Triennial report on the lunatic asylums in the province of Eastern Bengal and Assam - 1903-1911
Year: 1903
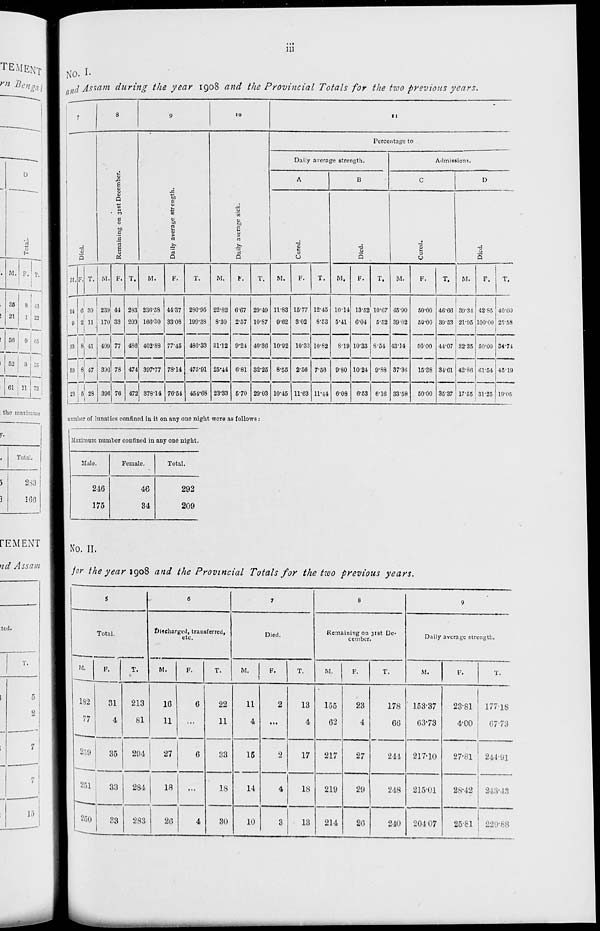
iii
No. I.
and Assam during the year 1908 and the Provincial Totals for the two previous years.
7
Died.
M.
24
9
33
39
23
F.
6
2
8
8
5
T.
30
11
41
47
28
8
Remaining on 31st December.
M.
239
170
409
396
396
F.
44
33
77
78
76
T.
283
203
486
474
472
9
Daily average strength.
M.
236.58
166.30
402.88
397.77
378.14
F.
44.37
33.08
77.45
78.14
76.54
T.
280.95
199.38
480.33
475.91
454.68
10
Daily average sick.
M.
22.82
8.30
31.12
25.44
23.33
F.
6.67
2.57
9.24
6.81
5.70
T.
29.49
10.87
40.36
32.25
29.03
11
Percentage to
Daily average strength.
A
Cured.
M.
11.83
9.62
10.92
8.55
10.45
F.
15.77
3.02
10.33
2.56
11.63
T.
12.45
8.53
10.82
7.56
11.44
B
Died.
M.
10.14
5.41
8.19
9.80
6.08
F.
13.52
6.04
10.33
10.24
6.53
T.
10.67
5.52
8.54
9.88
6.16
Admissions.
C
Cured.
M.
45.90
39.02
43.14
37.36
33.58
F.
50.00
50.00
50.00
15.38
50.00
T.
46.66
39.53
44.07
34.61
35.37
D
Died.
M.
39.34
21.95
32.35
42.86
17.55
F.
42.85
100.00
50.00
61.54
31.25
T.
40.00
25.58
34.74
45.19
19.05
number of lunatics confined in it on any one night were as follows :
Maximum number confined in any one night.
Male.
246
175
Female.
46
34
Total.
292
209
No. II.
for the year 1908 and the Provincial Totals for the two previous years.
5
Total.
M.
182
77
259
251
250
F.
31
4
35
33
33
T.
213
81
294
284
283
6
Discharged, transferred,
etc.
M.
16
11
27
18
26
F.
6
...
6
..
4
T.
22
11
33
18
30
7
Died.
M.
11
4
15
14
10
F.
2
...
2
4
3
T.
13
4
17
18
13
8
Remaining on 31st De-
cember.
M.
155
62
217
219
214
F.
23
4
27
29
26
T.
178
66
244
248
240
9
Daily average strength.
M.
153.37
63.73
217.10
215.01
204.07
F.
23.81
4.00
27.81
28.42
25.81
T.
177.18
67.73
244.91
243.43
229.88